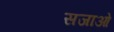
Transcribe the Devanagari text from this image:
सजाओ